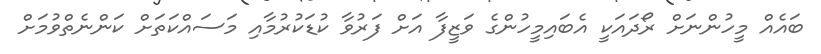
ބައެއް މީހުންނަށް ރޯދައަކީ އެބައިމީހުންގެ ވަޒީފާ އަށް ފަރުވާ ކުޑަކުރުމާއި މަސައްކަތަށް ކަންނެތްވުމަށް